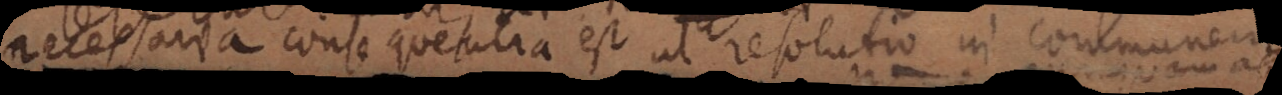
necessaria consequentia est ut resolutio in communem